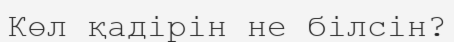
Көл қадірін не білсін?